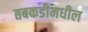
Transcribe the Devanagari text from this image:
तबकडीमधील